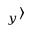
_ y \rangle